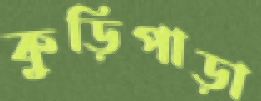
কুড়িপাড়া